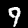
Label: 9